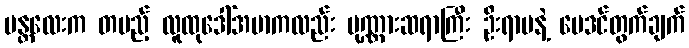
မန္တလေးက တပည့် လူထုဒေါ်အမာကလည်း ပုဏ္ဏားဆရာကြီး ဦးရာမနဲ့ ဗေဒင်တွက်ချက်